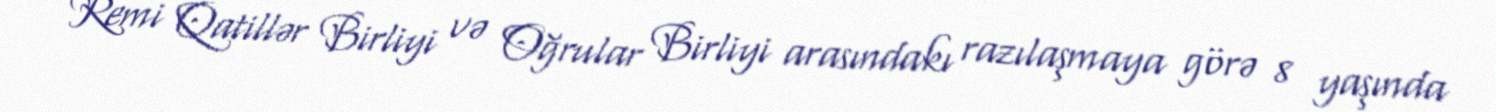
Remi Qatillər Birliyi və Oğrular Birliyi arasındakı razılaşmaya görə 8 yaşında